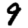
Digit: 9